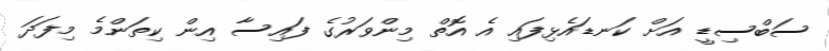
ސަބްސިޑީ އަށް ކަނޑައެޅިފައި އެ އޮތް މިންވަރުގެ ފައިސާ އިން ކިތަންމެ މިފަދަ